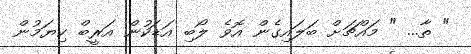
" ތާ... " މައްޗަށް ބަލައިގެން އޮވެ ލޯބި އަޑަކުން އަރީބް ކިޔަމުން